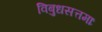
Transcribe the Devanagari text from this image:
विबुधसत्तमाः